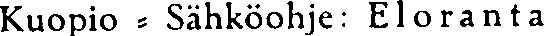
Kuopio - Sähköohje: Eloranta